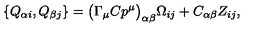
\{ Q _ { \alpha i } , Q _ { \beta j } \} = \bigl ( \Gamma _ { \mu } C p ^ { \mu } \bigr ) _ { \alpha \beta } \Omega _ { i j } + C _ { \alpha \beta } Z _ { i j } ,